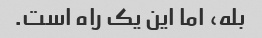
بله، اما این یک راه است.